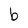
Character: b